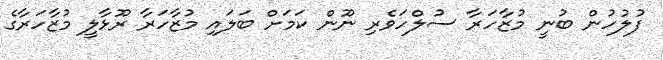
ފުލުހުން ބުނީ މުޒާހަރާ ސުލްހަވެރި ނޫން ކަމަށް ބަލައި މުޒާހަރާ ރޫޅާލީ މުޒާހަރާގެ